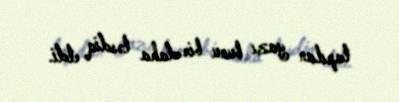
tapılan yazı bunu bir daha təsdiq etdi.